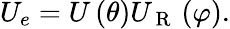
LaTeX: \begin{array}{r}{U_{e}=U\left(\theta\right)U_{\mathrm{~R~}}\left(\varphi\right).}\end{array}